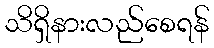
သိရှိနားလည်စေရန်